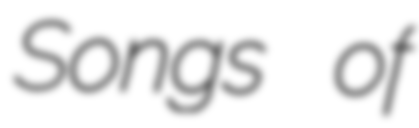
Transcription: Songs of